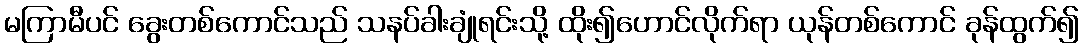
မကြာမီပင် ခွေးတစ်ကောင်သည် သနပ်ခါးချုံရင်းသို့ ထိုး၍ဟောင်လိုက်ရာ ယုန်တစ်ကောင် ခုန်ထွက်၍